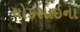
ચોકસાઇના